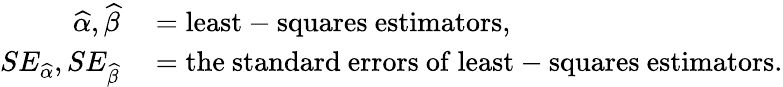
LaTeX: \begin{array}{rl}{{\widehat{\alpha}},{\widehat{\beta}}}&{{}={\mathrm{least-squares~estimators}},}\\ {SE_{\widehat{\alpha}},SE_{\widehat{\beta}}}&{{}={\mathrm{the~standard~errors~of~least-squares~estimators}}.}\end{array}